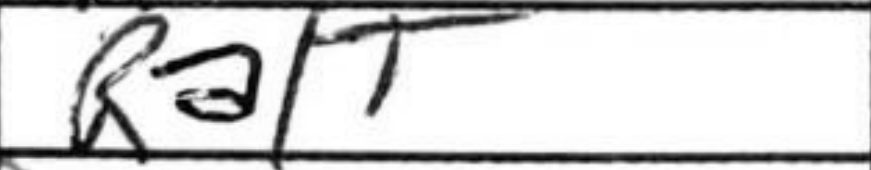
Transcription: Ra1+